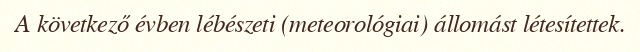
A következő évben lébészeti (meteorológiai) állomást létesítettek.